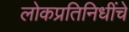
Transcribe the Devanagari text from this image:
लोकप्रतिनिधींचे